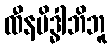
ထီနမိဒ္ဓါဘိဘူ